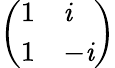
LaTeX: \left(\begin{array}{ll}{1}&{\mathit{i}}\\ {1}&{-\mathit{i}}\end{array}\right)